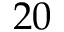
2 0